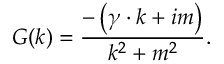
G ( k ) = \frac { - \left( \gamma \cdot k + i m \right) } { k ^ { 2 } + m ^ { 2 } } .